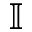
\mathbb { I }